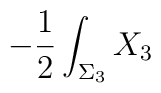
-{{1}\over{2}}\int_{\Sigma_3}X_{3}